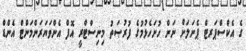
ގެ އެކްސްޕަރޓް ޕެނަލަށް ނަން ހުށަހެޅުމުގެ ފުރުޞަތު މިނިސްޓްރީ އޮފް އެންވަޔަރަންމަންޓް އެންޑް